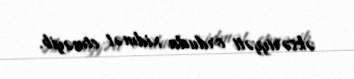
əksəriyyəti orduda xidmət etməyib.